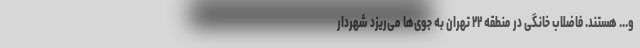
و... هستند. فاضلاب خانگی در منطقه ۲۲ تهران به جوی‌ها می‌ریزد شهردار